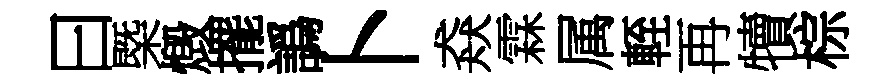
曰㮣燬擺譌卜猋霖属輊再犢棕